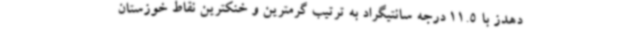
دهدز با 11.5 درجه سانتیگراد به ترتیب گرمترین و خنکترین نقاط خوزستان